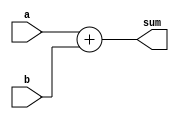
`timescale 1ns / 1ps
//////////////////////////////////////////////////////////////////////////////////
// Company: 
// Engineer: 
// 
// Design Name: 
// Module Name:    adder4 
// Project Name: 
// Target Devices: 
// Tool versions: 
// Description: 
//
// Dependencies: 
//
// Revision: 
// Revision 0.01 - File Created
// Additional Comments: 
//
//////////////////////////////////////////////////////////////////////////////////
module adder4(a,b,sum);

input [3:0] a,b;
output [3:0] sum;
wire [3:0] sum;

assign sum = a + b;

endmodule